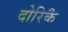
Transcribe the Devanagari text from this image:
दोरिकै